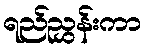
ရည်ညွှန်းကာ